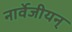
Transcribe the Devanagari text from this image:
नार्वेजीयन्